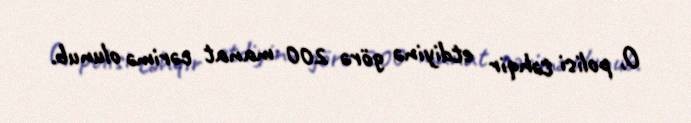
O, polisi təhqir etdiyinə görə 200 manat cərimə olunub.